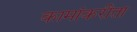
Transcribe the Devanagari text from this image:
कामांकरीता